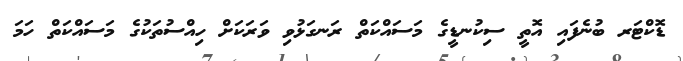
ޑޮކްޓަރ ބުނެފައި އޮތީ ސިކުނޑީގެ މަސައްކަތް ރަނގަޅުވި ވަރަކަށް ހިއްސުތަކުގެ މަސައްކަތް ހަމަ